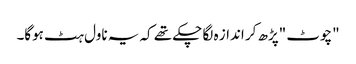
"چوٹ "پڑھ کر انداز ہ لگا چکے تھے کہ یہ ناول ہٹ ہوگا۔